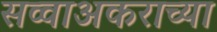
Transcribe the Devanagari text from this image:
सव्वाअकराच्या